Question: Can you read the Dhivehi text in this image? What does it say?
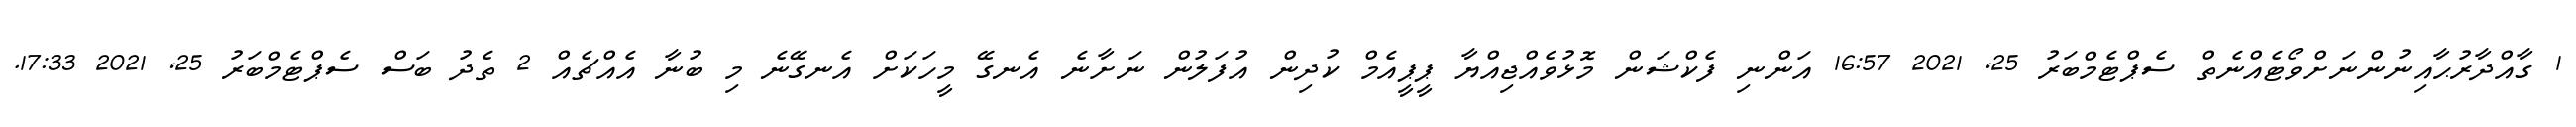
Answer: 1 ގާއްދާރުޙާއިނުންނަށްވޯޓެއްނެތް ސެޕްޓެމްބަރު 25, 2021 16:57 އަންނި ފެކްޝަން މޮޅުވެއްޖިއްޔާ ޕީޕީއެމް ކުދިން އުފަލުން ނަށާނެ އެނގޭ މީހަކަށް އެނގޭނެ މި ބުނާ އެއްޗެއް 2 ތެދު ބަސް ސެޕްޓެމްބަރު 25, 2021 17:33.